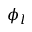
\phi _ { l }